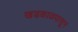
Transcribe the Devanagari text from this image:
खडकाळपासून